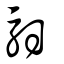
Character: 馹